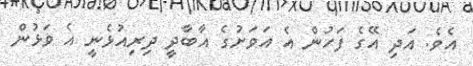
އެވެ. އަދި އޭގެ ފަހުން އެ އަވަށުގެ އާބާދީ ދިރިއުޅެނީ އެ ވަޅުން